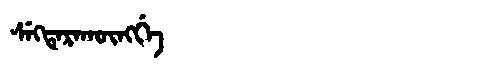
Manchu: ᠰᡝᡴᡨᡝᡵᠠᡴᡡᠩᡤᡝ
Romanization: SEKTERAKŪNGGE